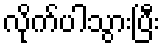
လိုက်ပါသွားပြီး